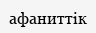
афаниттік